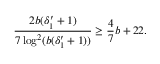
\frac { 2 b ( \delta _ { 1 } ^ { \prime } + 1 ) } { 7 \log ^ { 2 } ( b ( \delta _ { 1 } ^ { \prime } + 1 ) ) } \geq \frac { 4 } { 7 } b + 2 2 .